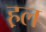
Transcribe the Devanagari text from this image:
ह़ल